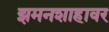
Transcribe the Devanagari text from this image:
झमनशाहावर